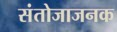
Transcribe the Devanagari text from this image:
संतोजाजनक